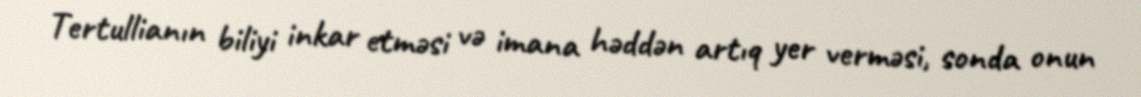
Tertullianın biliyi inkar etməsi və imana həddən artıq yer verməsi, sonda onun